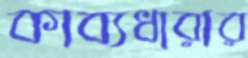
কাব্যধারার